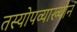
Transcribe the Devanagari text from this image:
तस्योपव्याख्यानं